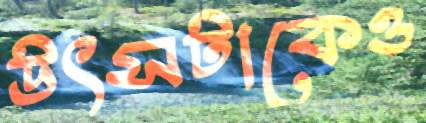
উৎসটাকেও